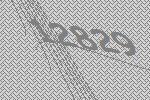
12829